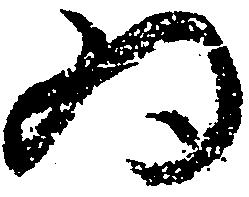
為